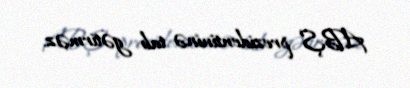
ABŞ prezidentininə tab gətirməz.